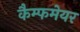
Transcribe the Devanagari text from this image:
कैम्फमेयर